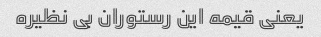
یعنی قیمه این رستوران بی نظیره